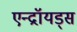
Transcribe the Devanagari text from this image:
एन्द्रॉयड्स